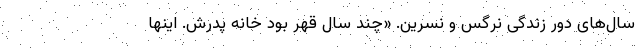
سال‌های دور زندگی نرگس و نسرین. «چند سال قهر بود خانه پدرش. اینها